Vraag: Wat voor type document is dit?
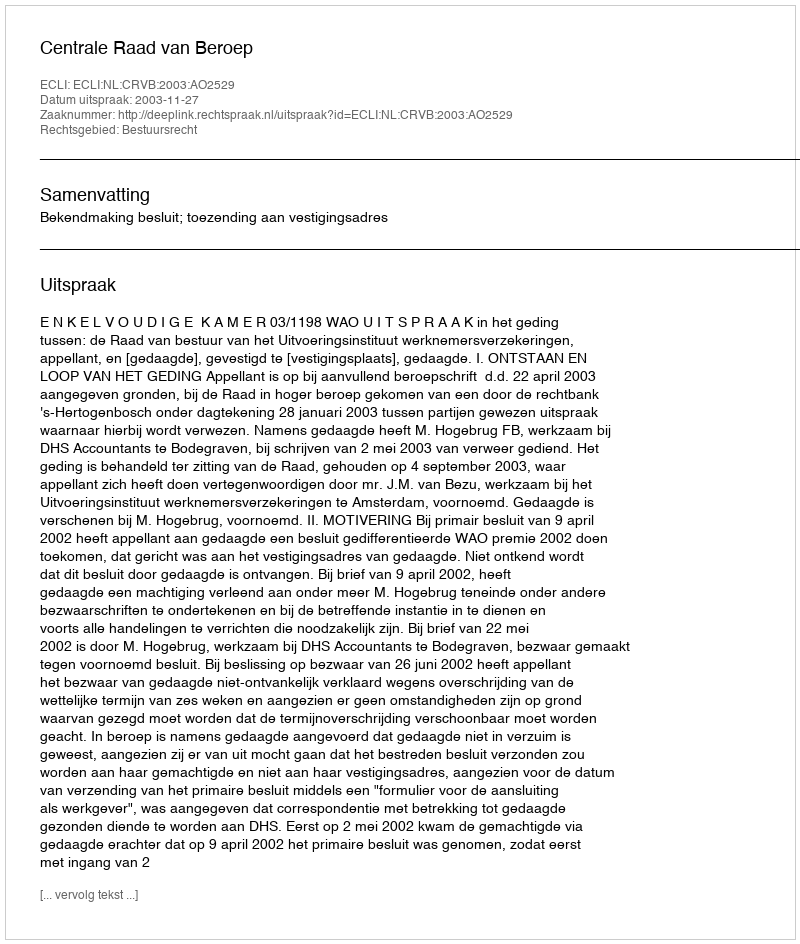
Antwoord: Uitspraak